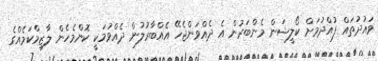
ވައުދުތައް ފުއްދުމަށް ކޯލީޝަން މެންބަރުން އެ ދެއްވަންޖެހޭ އެއްބާރުލުން ދެއްވުމަކީ ކޮންމެހެން ލާޒިމްކަމެއްގެ